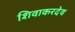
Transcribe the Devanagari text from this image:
शिवाकरदेव